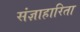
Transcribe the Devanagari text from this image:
संज्ञाहारिता